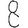
Digit: 8